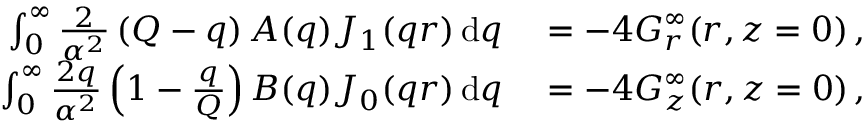
\begin{array} { r l } { \int _ { 0 } ^ { \infty } \frac { 2 } { \alpha ^ { 2 } } \left( Q - q \right) A ( q ) J _ { 1 } ( q r ) \, \mathrm { d } q } & { { } = - 4 G _ { r } ^ { \infty } ( r , z = 0 ) \, , } \\ { \int _ { 0 } ^ { \infty } \frac { 2 q } { \alpha ^ { 2 } } \left( 1 - \frac { q } { Q } \right) B ( q ) J _ { 0 } ( q r ) \, \mathrm { d } q } & { { } = - 4 G _ { z } ^ { \infty } ( r , z = 0 ) \, , } \end{array}